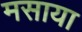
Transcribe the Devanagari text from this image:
मसाया